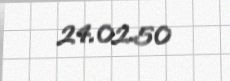
24.02.50